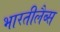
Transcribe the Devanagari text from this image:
भारतीलैब्स